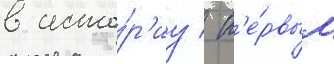
в исто́р'иу / п'е́рвым